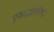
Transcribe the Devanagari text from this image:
एकादशोपनिषद